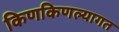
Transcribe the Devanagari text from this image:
किणकिणल्यागत